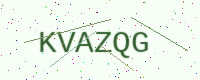
Text: KVAZQG